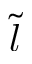
\tilde { l }